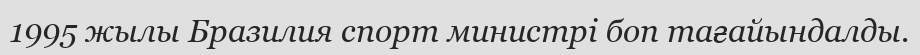
1995 жылы Бразилия спорт министрі боп тағайындалды.